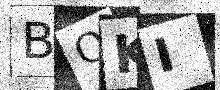
Text: BQKI